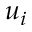
u _ { i }